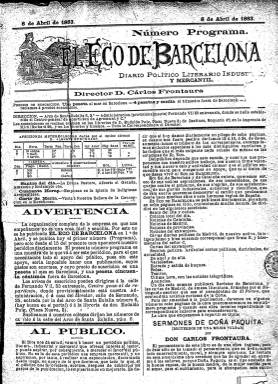
Título: El Eco de Barcelona
Colección: Periódicos
Ámbito geográfico: Barcelona
Lugar de publicación: Barcelona
Fechas: 08/04/1883-31/07/1883

Publica su “número programa” el ocho de abril de 1883 y hasta el quince no empezará a hacerlo diariamente. Será dirigido por el periodista y escritor madrileño Carlos Frontaura (1834-1910), de ideas conservadoras moderadas, que quedará vinculado al partido canovista ocupando cargos públicos como el de gobernador civil. El subtítulo que adopta este matutino es el de “diario político, literario, industrial y mercantil”, y su propósito era ser “eco fiel de Barcelona y de Cataluña entera”, en sus aspiraciones, sus glorias industriales, artísticas y científicas, y en sus quejas contra el Gobierno (en ese momento había comenzado el turno de partidos, gobernando el liberal Sagasta), tal como se señala en su programa.

Será un diario adscrito al partido conservador-liberal, cuyo círculo había sido recientemente reorganizado e inaugurado en Barcelona con un discurso de su jefe, el jurista y político Manuel Durán y Bas (1823-1904). Anuncia, asimismo que quedaban “proscritos” en el diario anuncios que se refirieran “a obras contrarias a Nuestra Santa Religión”.

El diario no estampa secuencia, es de paginación variable, entre cuatro y doce páginas (aunque lo normal es que fueran ocho) y con foliación continuada (hasta un total de 834), aumentando las mismas cuando incluye como folletín una obra titulada Sermones de Doña Quita (recuerdos de una mujer vulgar), de la que era autor el citado Frontaura.

Es compuesto a dos columnas con una moderna tipografía y estampado en la Imprenta de Cristóbal Miró, insertando muchos reclamos publicitaros, entre ellos alguna esquela, no sólo en sus últimas páginas, sino en las restantes, incluida la primera, en la que inserta también unas Afecciones meteorológicas, dadas por el óptico alemán Alberto Burckart, y el santoral y cultos.

Ofrece noticias de Cataluña, Madrid, provincias y del extranjero, así como una crónica local del día, correspondencias, artículos políticos de actualidad, sección oficial, parte comercial (entrada y salida de buques y bolsa), espectáculos (teatros) y noticias telegráficas de última hora, y también revistas de amena literatura y artículos científicos.

Entre sus colaboradores y redactores estuvieron el escritor, militar y político Eduardo Zamora y Caballero (1837-1899), Juan B. Martí Navarrete, Enrique Vivanco o Caludi Omar.

Aun estando financiado por los elementos del partido canovista en Barcelona, el diario dirigido por Frontaura no durará ni cuatro meses, despareciendo el 31 de julio de ese mismo año. Los conservadores barceloneses sacarán otro diario en su lugar: La Dinastía, que con el subtítulo “diario político, literario y mercantil” estará publicándose desde el 14 de octubre de 1883 hasta 1904, y que forma también parte de la colección de la Biblioteca Nacional de España. Ambos son citados en la abra 200 anys de premsa diària a Catalunya (1995).